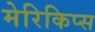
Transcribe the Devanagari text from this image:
मेरिकिप्स